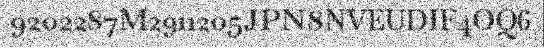
9202287M2911205JPN8NVEUDIF4OQ6